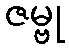
ဇမ္ဗု